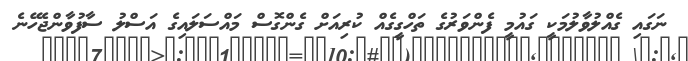
ނަގައި ގެއްލުވާލުމަކީ ގައުމީ ފެންވަރުގެ ތަހްގީގެއް ކުރިއަށް ގެންގޮސް މައްސަލައިގެ އަސްލު ސާފުވާންޖެހޭނެ